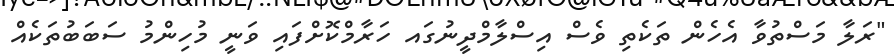
"ރަލާ މަސްތުވާ އެހެން ތަކެތި ވެސް އިސްލާމްދީނުގައ ހަރާމްކޮށްފައި ވަނީ މުހިންމު ސަބަބުތަކެއް